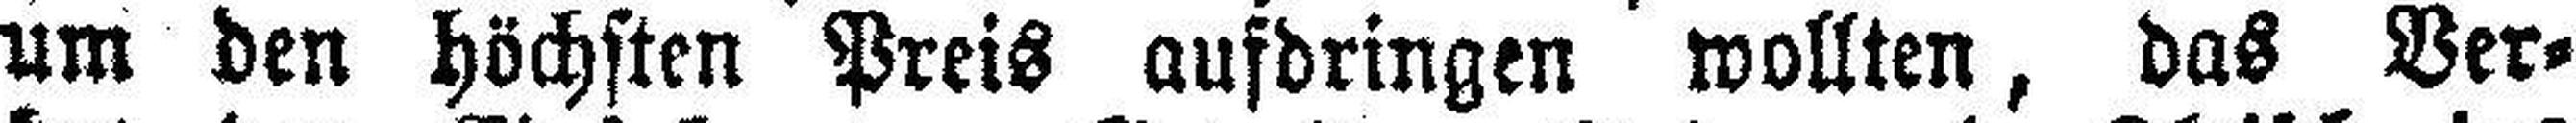
um den höchsten Preis aufdringen wollten, das Ver-